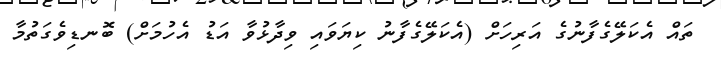
ތައް އެކަލޭގެފާނުގެ އަރިހަށް (އެކަލޭގެފާނު ކިޔަވައި ވިދާޅުވާ އަޑު އެހުމަށް) ބޮނޑިވެގަތުމާ